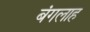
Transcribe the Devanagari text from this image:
बंगलाह